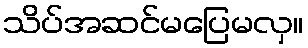
သိပ်အဆင်မပြေမလှ။